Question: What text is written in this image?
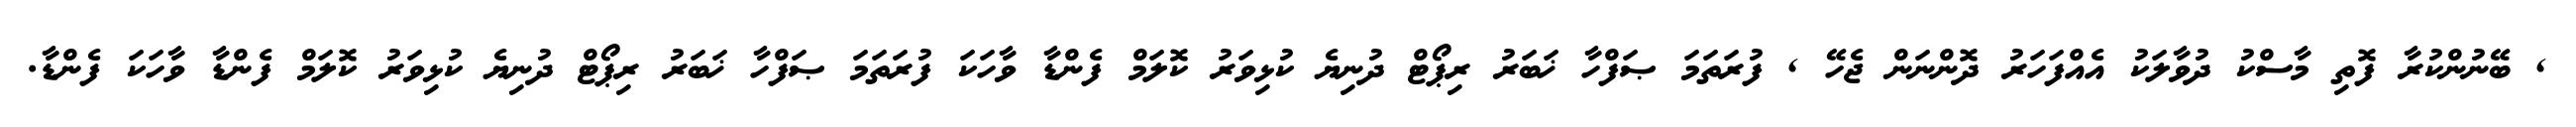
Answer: , ބޭނުންކުރާ ފޮތި މާސްކު ދުވާލަކު އެއްފަހަރު ދޮންނަން ޖެހޭ , ފުރަތަމަ ޞަފްހާ ޚަބަރު ރިޕޯޓް ދުނިޔެ ކުޅިވަރު ކޮލަމް ފެންޑާ ވާހަކަ ފުރަތަމަ ޞަފްހާ ޚަބަރު ރިޕޯޓް ދުނިޔެ ކުޅިވަރު ކޮލަމް ފެންޑާ ވާހަކަ ފެންޑާ.